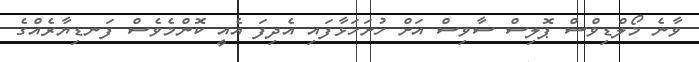
ވާނެ މޯލްޑިވްސް ޕޮލިސް ސާވިސް އަށް ހުށަހަޅާފައި އެދިފަ އެއީ ކޮންމެވެސް ފަނޑިޔާރެއްގެ